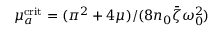
\mu _ { a } ^ { \mathrm { c r i t } } = ( \pi ^ { 2 } + 4 \mu ) / ( 8 n _ { 0 } \bar { \zeta } \omega _ { 0 } ^ { 2 } )